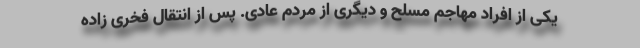
یکی از افراد مهاجم مسلح و دیگری از مردم عادی. پس از انتقال فخری زاده